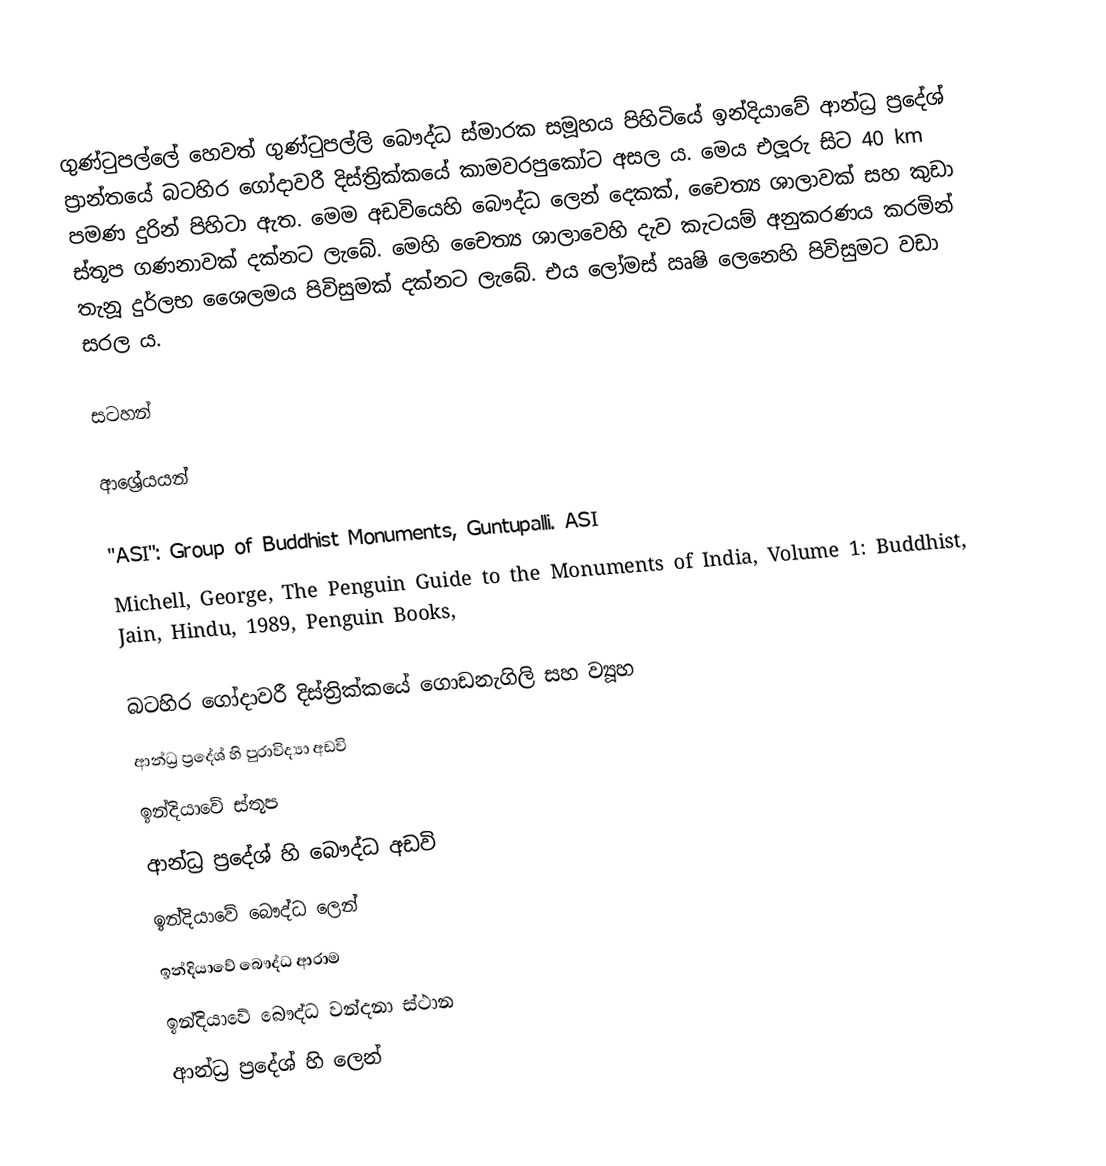
ගුණ්ටුපල්ලේ හෙවත් ගුණ්ටුපල්ලි බෞද්ධ ස්මාරක සමූහය පිහිටියේ ඉන්දියාවේ ආන්ධ්‍ර ප්‍රදේශ් ප්‍රාන්තයේ බටහිර ගෝදාවරී දිස්ත්‍රික්කයේ කාමවරපුකෝට අසල ය. මෙය එලූරු සිට 40 km පමණ දුරින් පිහිටා ඇත. මෙම අඩවියෙහි බෞද්ධ ලෙන් දෙකක්, චෛත්‍ය ශාලාවක් සහ කුඩා ස්තූප ගණනාවක් දක්නට ලැබේ.  මෙහි චෛත්‍ය ශාලාවෙහි දැව කැටයම් අනුකරණය කරමින් තැනූ දුර්ලභ ශෛලමය පිවිසුමක් දක්නට ලැබේ. එය ලෝමස් ඍෂි ලෙනෙහි පිවිසුමට වඩා සරල ය.

සටහන්

ආශ්‍රේයයන්

"ASI": Group of Buddhist Monuments, Guntupalli. ASI
Michell, George, The Penguin Guide to the Monuments of India, Volume 1: Buddhist, Jain, Hindu, 1989, Penguin Books,

බටහිර ගෝදාවරී දිස්ත්‍රික්කයේ ගොඩනැගිලි සහ ව්‍යූහ
ආන්ධ්‍ර ප්‍රදේශ් හි පුරාවිද්‍යා අඩවි
ඉන්දියාවේ ස්තූප
ආන්ධ්‍ර ප්‍රදේශ් හි බෞද්ධ අඩවි
ඉන්දියාවේ බෞද්ධ ලෙන්
ඉන්දියාවේ බෞද්ධ ආරාම
ඉන්දියාවේ බෞද්ධ වන්දනා ස්ථාන
ආන්ධ්‍ර ප්‍රදේශ් හි ලෙන්